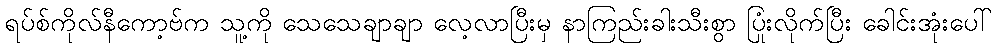
ရပ်စ်ကိုလ်နီကော့ဗ်က သူ့ကို သေသေချာချာ လေ့လာပြီးမှ နာကြည်းခါးသီးစွာ ပြုံးလိုက်ပြီး ခေါင်းအုံးပေါ်